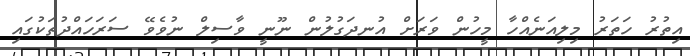
އިތުރު ހަތަރު މިލިއަނެއްހާ މީހުން ވަރަށް އުނދަގުލުން ނޫނީ ވާސިލް ނުވެވޭ ސަރަހައްދުތަކުގައި